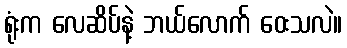
ရုံးက လေဆိပ်နဲ့ ဘယ်လောက် ဝေးသလဲ။